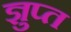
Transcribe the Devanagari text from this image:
ज्ञुप्‍त